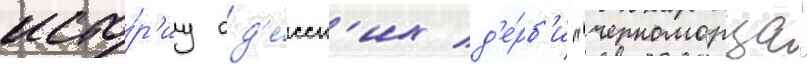
исто́р'иу од'е́сск'их д'е́рб'и "черноморца"